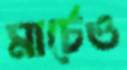
মার্চেও